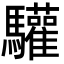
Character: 驩